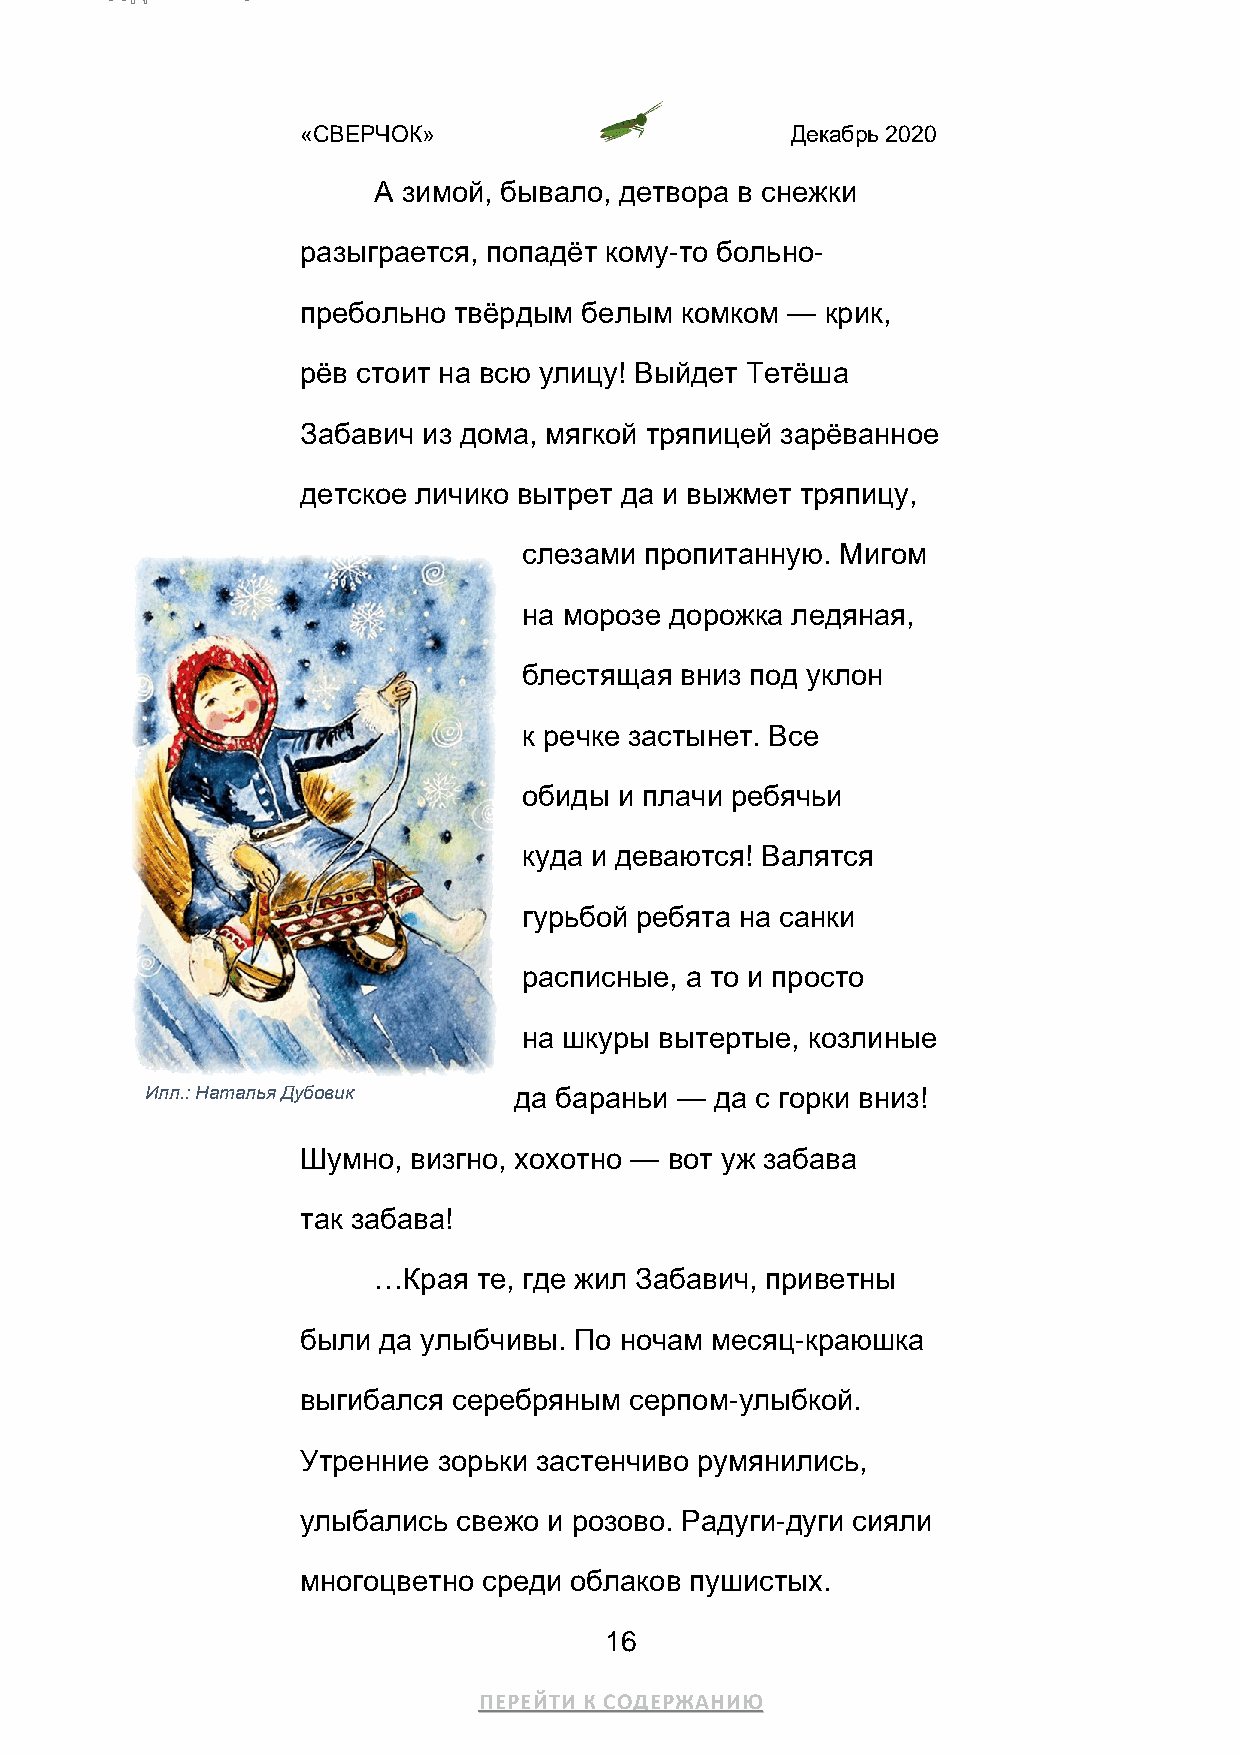
«СВЕРЧОК»                       Декабрь 2020
 А зимой, бывало, детвора в снежки
 разыграется, попадёт кому-то больно-
 пребольно твёрдым белым  комком —  крик,
 рёв стоит на всю улицу! Выйдет Тетёша
 Забавич из дома, мягкой тряпицей зарёванное
 детское личико вытрет да и выжмет тряпицу,
 слезами пропитанную. Мигом
 на морозе дорожка ледяная,
 блестящая вниз под уклон
 к речке застынет. Все
 обиды и плачи ребячьи
 куда и деваются! Валятся
 гурьбой ребята на санки
 расписные, а то и просто
 на шкуры вытертые, козлиные
 Илл.: Наталья Дубовик   да бараньи — да с горки вниз!
 Шумно, визгно, хохотно — вот уж забава
 так забава!
 …Края  те, где жил Забавич, приветны
 были да улыбчивы. По ночам месяц-краюшка
 выгибался серебряным  серпом-улыбкой.
 Утренние зорьки застенчиво румянились,
 улыбались свежо и розово. Радуги-дуги сияли
 многоцветно среди облаков пушистых.
 16
 ПЕРЕЙТИ К СОДЕРЖАНИЮ